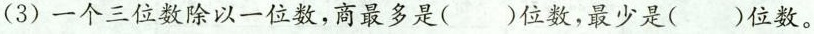
(3)一个三位数除以一位数，商最多是()位数，最少是()位数。